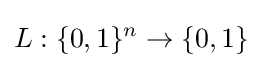
L:\{0,1\}^{n}\rightarrow \{0,1\}